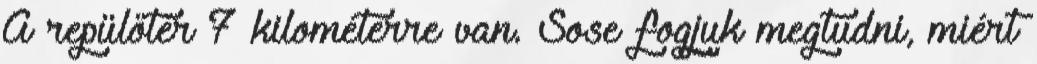
A repülőtér 7 kilométerre van. Sose fogjuk megtudni, miért